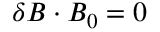
\boldsymbol { \delta B } \cdot \boldsymbol { B _ { 0 } } = 0